Report on the working of the mental hospitals for Indians in Bihar and Orissa - 1925-1929
Year: 1925
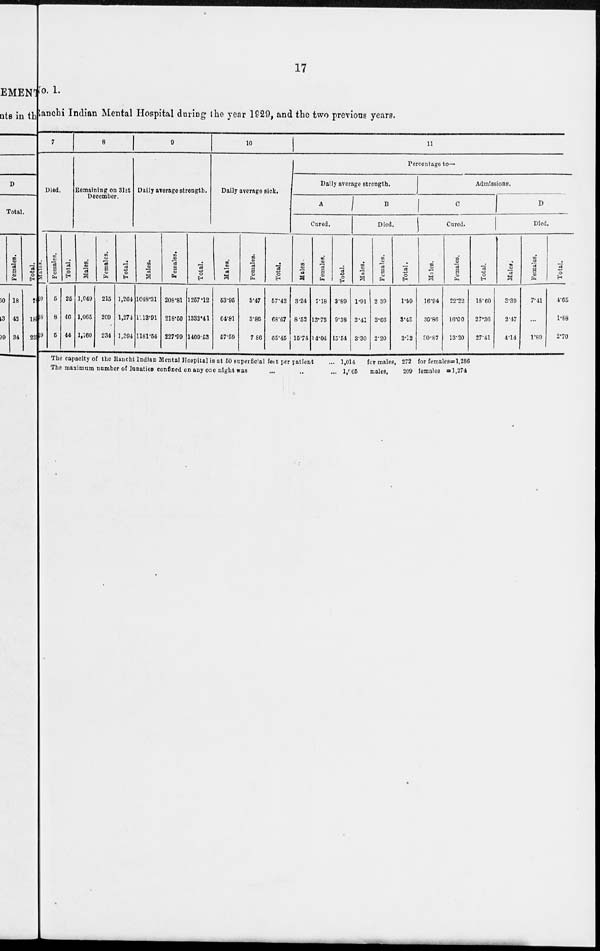
17
No. 1.
Ranchi Indian Mental Hospital during the year 1929, and the two previous years.
7
Died.
Males.
20
38
69
Females.
5
8
5
Total.
26
46
44
8
Remaining on 31st
December.
Males.
1,049
1,065
1,160
Females.
215
209
234
Total.
1,264
1,274
1,394
9
Daily average strength.
Males.
1048.31
1013.91
1181.54
Females.
208.81
218.50
227.99
Total.
1257.12
1332.41
1409.53
10
Daily average sick.
Males.
53.95
64.81
57.59
Females.
3.47
3.86
7.86
Total.
57.42
68.67
65.46
11
Percentage to—
Daily average strength.
A
Cared.
Males.
3.24
8.52
15.74
Females.
7.18
13.73
14.04
Total.
3.89
9.38
15.54
B
Died.
Males.
1.91
3.41
3.30
Females.
2 39
3.66
2.20
Total.
1.69
3.45
3.12
Admissions.
C
Cured.
Males.
16.94
30.86
30.87
Females.
22.22
16.00
13.20
Total.
18.60
27.36
27.41
D
Died.
Males.
3.39
3.47
4.14
Females.
7.41
...
1.89
Total.
4.65
1.88
2.70
The capacity of the Ranchi Indian Mental Hospital is at 50 superficial feet per patient
... 1,014 for males, 272 for females = 1, 286
The maximum number of lunaties confined on any one night was
...
..
... 1,065 males,
209 females = 1,274